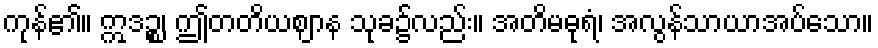
ကုန်၏။ ဣဒဉ္စ၊ ဤတတိယဈာန သုခ၌လည်း။ အတိမဓုရံ၊ အလွန်သာယာအပ်သော။